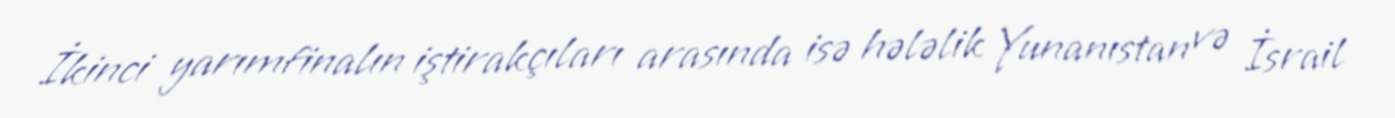
İkinci yarımfinalın iştirakçıları arasında isə hələlik Yunanıstan və İsrail